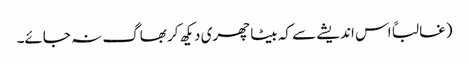
(غالباً اس اندیشے سے کہ بیٹا چھری دیکھ کر بھاگ نہ جائے۔